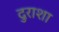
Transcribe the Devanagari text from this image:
दुराशा